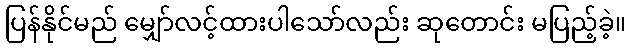
ပြန်နိုင်မည် မျှော်လင့်ထားပါသော်လည်း ဆုတောင်း မပြည့်ခဲ့။